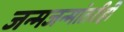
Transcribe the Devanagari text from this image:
जन्मजन्मांतरीही